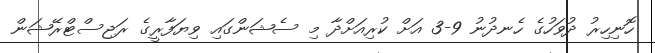
ހޮނިހިރު ދުވަހުގެ ހެނދުނު 9-3 އަށް ކުރިއަށްދާ މި ސެޝަންގައި ވިޔަފާރީގެ ރަޖިސްޓްރޭޝަން